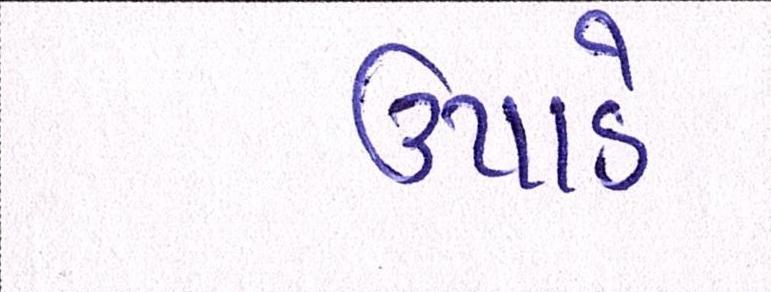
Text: ઉપાડે